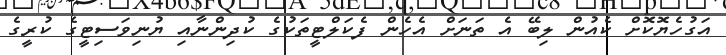
އަގުހެޔޮކޮށް ކެއުން ލިބޭ އެ ތަނަށް އެހެން ފެކަލްޓީތަކުގެ ކުދިންނާއި ޔުނިވަސިޓީގެ ކުރީގެ